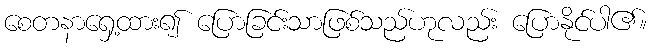
စေတနာရှေ့ထား၍ ပြောခြင်းသာဖြစ်သည်ဟုလည်း ပြောနိုင်ပါ၏။